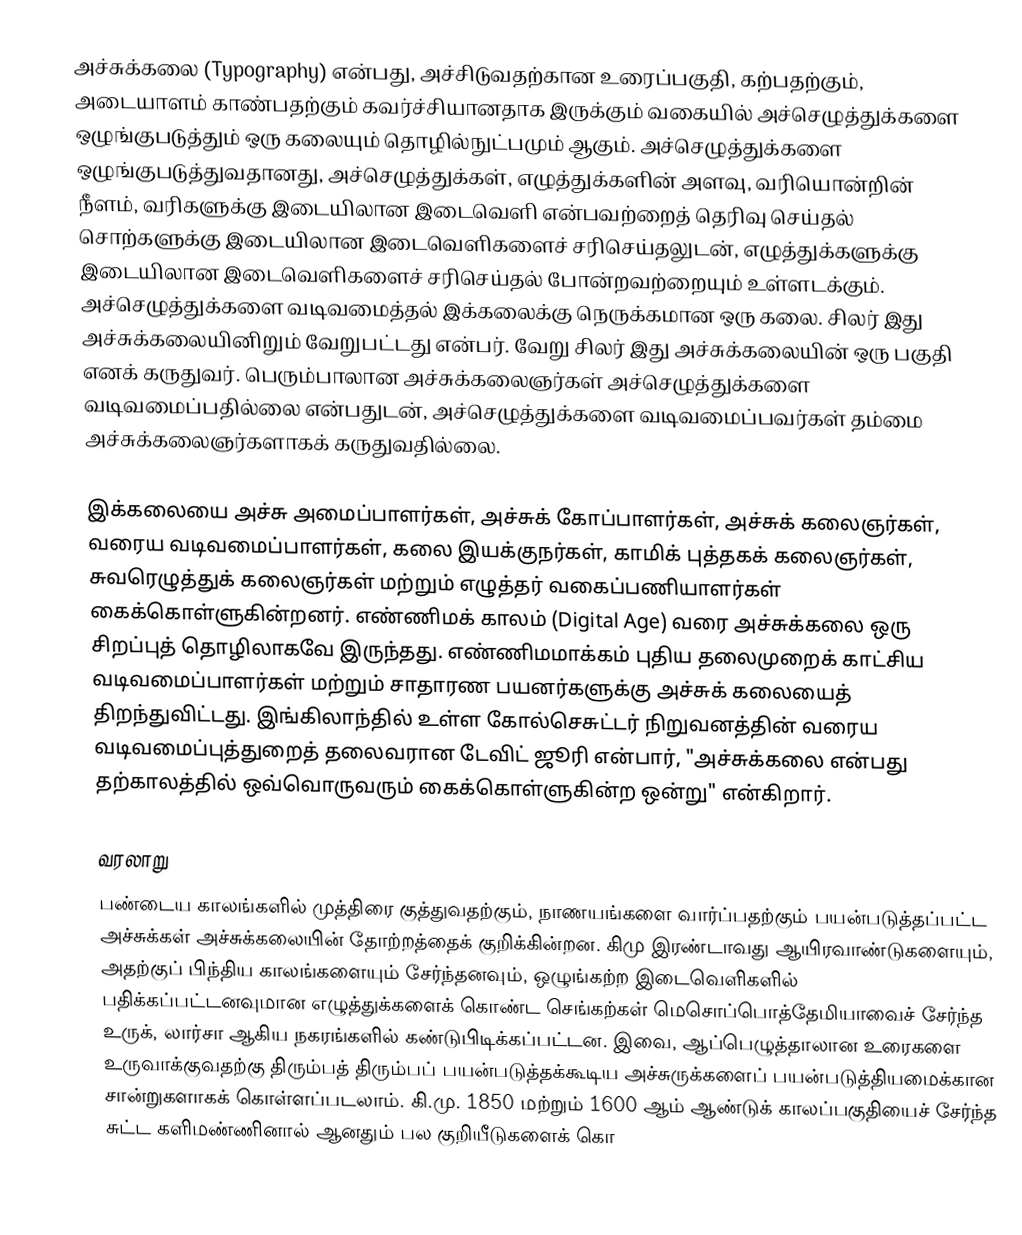
அச்சுக்கலை (Typography) என்பது, அச்சிடுவதற்கான உரைப்பகுதி, கற்பதற்கும், அடையாளம் காண்பதற்கும் கவர்ச்சியானதாக இருக்கும் வகையில் அச்செழுத்துக்களை ஒழுங்குபடுத்தும் ஒரு கலையும் தொழில்நுட்பமும் ஆகும். அச்செழுத்துக்களை ஒழுங்குபடுத்துவதானது, அச்செழுத்துக்கள், எழுத்துக்களின் அளவு, வரியொன்றின் நீளம், வரிகளுக்கு இடையிலான இடைவெளி என்பவற்றைத் தெரிவு செய்தல் சொற்களுக்கு இடையிலான இடைவெளிகளைச் சரிசெய்தலுடன், எழுத்துக்களுக்கு இடையிலான இடைவெளிகளைச் சரிசெய்தல் போன்றவற்றையும் உள்ளடக்கும். அச்செழுத்துக்களை வடிவமைத்தல் இக்கலைக்கு நெருக்கமான ஒரு கலை. சிலர் இது அச்சுக்கலையினிறும் வேறுபட்டது என்பர். வேறு சிலர் இது அச்சுக்கலையின் ஒரு பகுதி எனக் கருதுவர். பெரும்பாலான அச்சுக்கலைஞர்கள் அச்செழுத்துக்களை வடிவமைப்பதில்லை என்பதுடன், அச்செழுத்துக்களை வடிவமைப்பவர்கள் தம்மை அச்சுக்கலைஞர்களாகக் கருதுவதில்லை.

இக்கலையை அச்சு அமைப்பாளர்கள், அச்சுக் கோப்பாளர்கள், அச்சுக் கலைஞர்கள், வரைய வடிவமைப்பாளர்கள், கலை இயக்குநர்கள், காமிக் புத்தகக் கலைஞர்கள், சுவரெழுத்துக் கலைஞர்கள் மற்றும் எழுத்தர் வகைப்பணியாளர்கள் கைக்கொள்ளுகின்றனர். எண்ணிமக் காலம் (Digital Age) வரை அச்சுக்கலை ஒரு சிறப்புத் தொழிலாகவே இருந்தது. எண்ணிமமாக்கம் புதிய தலைமுறைக் காட்சிய வடிவமைப்பாளர்கள் மற்றும் சாதாரண பயனர்களுக்கு அச்சுக் கலையைத் திறந்துவிட்டது. இங்கிலாந்தில் உள்ள கோல்செசுட்டர் நிறுவனத்தின் வரைய வடிவமைப்புத்துறைத் தலைவரான டேவிட் ஜூரி என்பார், "அச்சுக்கலை என்பது தற்காலத்தில் ஒவ்வொருவரும் கைக்கொள்ளுகின்ற ஒன்று" என்கிறார்.

வரலாறு
பண்டைய காலங்களில் முத்திரை குத்துவதற்கும், நாணயங்களை வார்ப்பதற்கும் பயன்படுத்தப்பட்ட அச்சுக்கள் அச்சுக்கலையின் தோற்றத்தைக் குறிக்கின்றன. கிமு இரண்டாவது ஆயிரவாண்டுகளையும், அதற்குப் பிந்திய காலங்களையும் சேர்ந்தனவும், ஒழுங்கற்ற இடைவெளிகளில் பதிக்கப்பட்டனவுமான எழுத்துக்களைக் கொண்ட செங்கற்கள் மெசொப்பொத்தேமியாவைச் சேர்ந்த உருக், லார்சா ஆகிய நகரங்களில் கண்டுபிடிக்கப்பட்டன. இவை, ஆப்பெழுத்தாலான உரைகளை உருவாக்குவதற்கு திரும்பத் திரும்பப் பயன்படுத்தக்கூடிய அச்சுருக்களைப் பயன்படுத்தியமைக்கான சான்றுகளாகக் கொள்ளப்படலாம். கி.மு. 1850 மற்றும் 1600 ஆம் ஆண்டுக் காலப்பகுதியைச் சேர்ந்த சுட்ட களிமண்ணினால் ஆனதும் பல குறியீடுகளைக் கொ